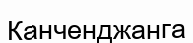
Канченджанга